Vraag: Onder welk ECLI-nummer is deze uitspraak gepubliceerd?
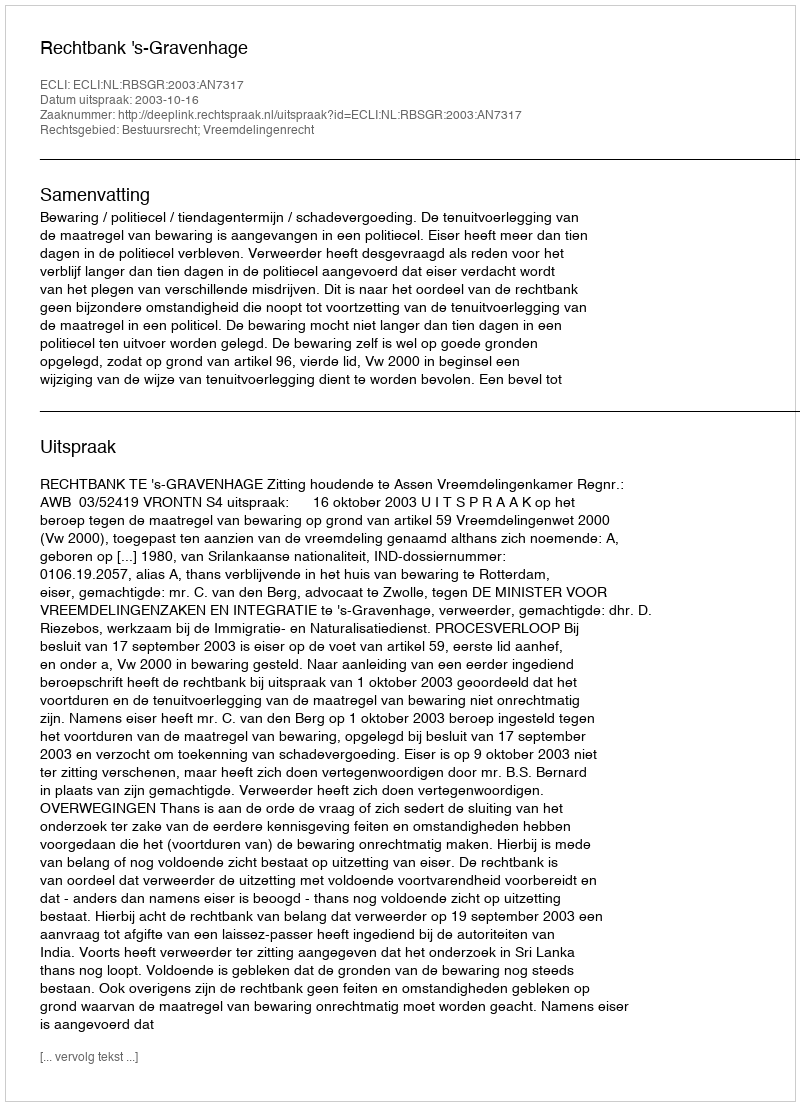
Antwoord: ECLI:NL:RBSGR:2003:AN7317